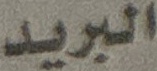
البريد